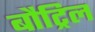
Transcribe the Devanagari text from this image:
बौट्रिल